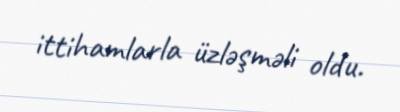
ittihamlarla üzləşməli oldu.